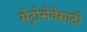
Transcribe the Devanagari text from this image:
मेट्रोसेवेसाठी